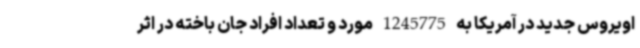
اویروس جدید در آمریکا به 1245775 مورد و تعداد افراد جان باخته در اثر